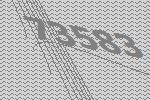
73583